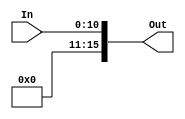
module ze5(
	input [10:0] In,
	output reg [15:0] Out
);


always @(In) begin
	Out <= { {5'b0}, In[10:0] };
end

endmodule